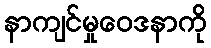
နာကျင်မှုဝေဒနာကို